system: You are a helpful assistant.
user:
Analyze the provided spectrum to determine if it is a **S-type Star**.

- **Key Indicators for S-type Star:**

    - **(Overall Spectrum Shape):** The first and most obvious characteristic is the overall continuum (the "baseline" shape). It is **extremely "red-sloping,"** meaning the flux (light intensity) is very low on the left side (blue, ~4000-4500 Å) and rises steeply and continuously toward the right side (red, ~7000 Å+).

    - **(Primary):** The spectrum is defined by the presence of strong, broad molecular absorption "valleys" (bands) from **Zirconium Oxide (ZrO)**. The identification of these bands is the **primary requirement** for classifying a star as S-type.
        - **(Key Bandheads):** You must find distinct, deep "dips" where the light has been absorbed. The most critical band systems to locate are:
            - **~6474 Å** ($\gamma$-system): This is often the strongest and clearest ZrO feature, found in the red part of the spectrum.
            - **~5718 Å** & **~5551 Å** ($\beta$-system): A pair of prominent absorption features in the yellow-orange part of the spectrum.
            - **~4640 Å** ($\alpha$-system): A key absorption band system in the blue-green region of the spectrum.

    - **(Secondary Confirmation):** The classification is strengthened by finding additional absorption bands from other related heavy element oxides, which are expected to be present alongside ZrO.
        - **(Key Bandheads):**
            - **Yttrium Oxide (YO):** Look for absorption dips near **~4800 Å** and **~6100 Å**.
            - **Lanthanum Oxide (LaO):** Additional absorption features, particularly in the red-orange part of the spectrum, are also characteristic.

    - **(Line Profile):** The combination of the steep red continuum and these numerous, deep molecular bands (ZrO, YO, etc.) gives the entire spectrum a very **"chopped-up"** or **"bumpy"** appearance. Instead of a smooth curve, the spectrum looks as though large, wide chunks of light have been "carved out" of it at the specific wavelengths listed above.

Think first, call **spectral_visualization_tool** if needed to examine features in detail, then provide your final answer. Your response must adhere to the following strict rules:
1.  **Overall Structure:** Your response must follow the format `<think>...</think> <tool_call>...</tool_call> (if a tool is used) <answer>...</answer>`.
2.  **Tool Usage Constraint:** You may only make **one** tool call per turn.
3.  **Final Answer Format:** In the `<answer>` tag, your conclusion must be inside a `\boxed{}` command (e.g., `\boxed{YES}` or `\boxed{NO}`), followed by your justification.

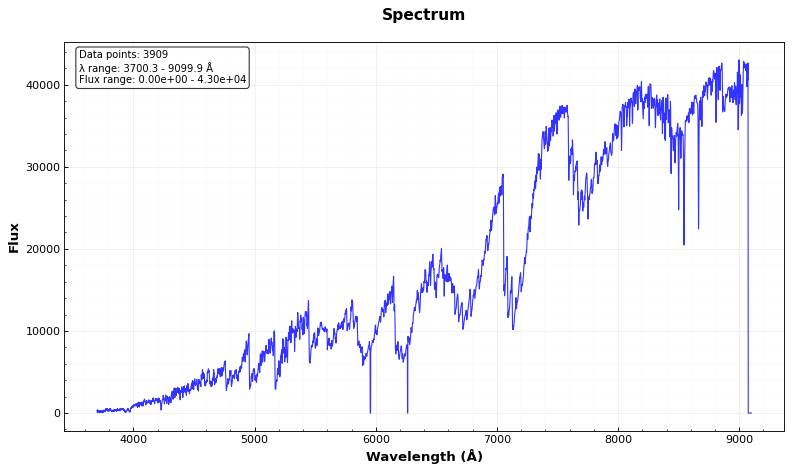
Answer: YES